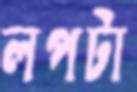
লপটা